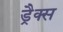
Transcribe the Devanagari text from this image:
ड्रैक्स